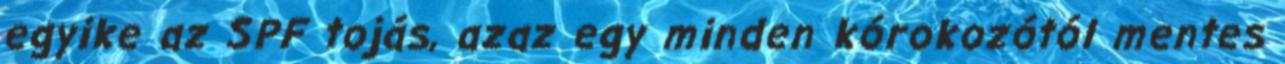
egyike az SPF tojás, azaz egy minden kórokozótól mentes